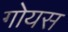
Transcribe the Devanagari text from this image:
गोयस